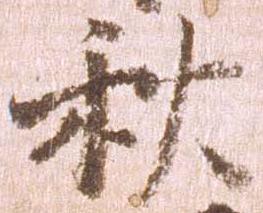
秋